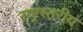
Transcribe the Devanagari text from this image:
राष्ट्रस्तरीय